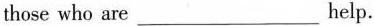
those who are ___ help.